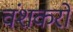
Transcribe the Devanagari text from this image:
वंशकरो